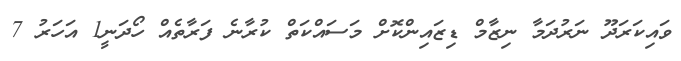
ވައިކަރަދޫ ނަރުދަމާ ނިޒާމް ޑިޒައިންކޮށް މަސައްކަތް ކުރާނެ ފަރާތެއް ހޯދަނީ1 އަހަރު 7